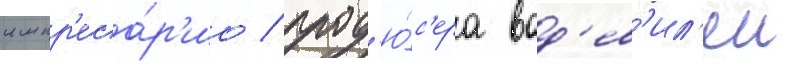
импр'еса́р'ио / прод'ю́с'ера вод'ев'ил'еи